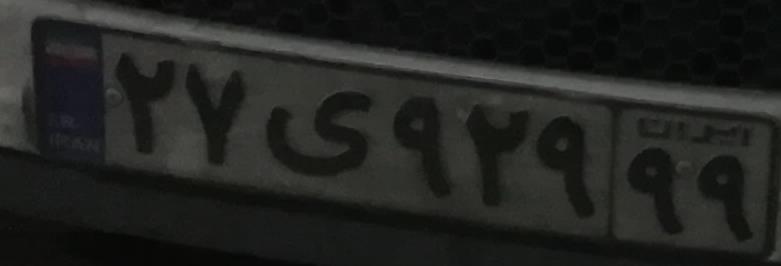
۲۷ی۹۲۹۹۹